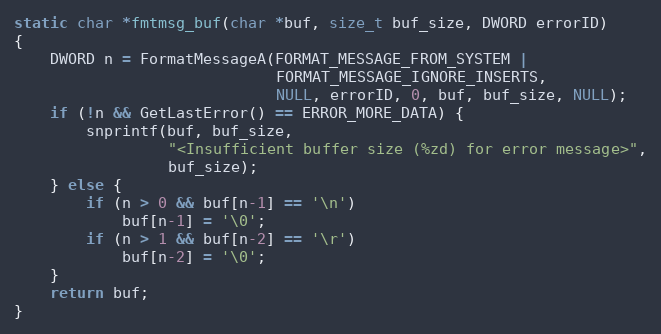
Language: C
static char *fmtmsg_buf(char *buf, size_t buf_size, DWORD errorID)
{
    DWORD n = FormatMessageA(FORMAT_MESSAGE_FROM_SYSTEM |
                             FORMAT_MESSAGE_IGNORE_INSERTS,
                             NULL, errorID, 0, buf, buf_size, NULL);
    if (!n && GetLastError() == ERROR_MORE_DATA) {
        snprintf(buf, buf_size,
                 "<Insufficient buffer size (%zd) for error message>",
                 buf_size);
    } else {
        if (n > 0 && buf[n-1] == '\n')
            buf[n-1] = '\0';
        if (n > 1 && buf[n-2] == '\r')
            buf[n-2] = '\0';
    }
    return buf;
}